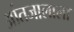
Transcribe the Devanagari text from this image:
आंतजालाला